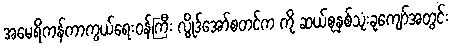
အမေရိကန်ကာကွယ်ရေးဝန်ကြီး လွိုဒ်အော်စတင်က ကို ဆယ်စုနှစ်သုံးခုကျော်အတွင်း